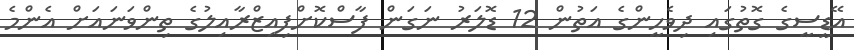
އޭޑީސީގެ ގޮތުގައި ދިވެހީންގެ އަތުން 12 ޑޮލަރު ނަގަން ފާސްކޮށްފިއިޒްރާއިލުގެ ތިންވަނައަށް އެންމެ